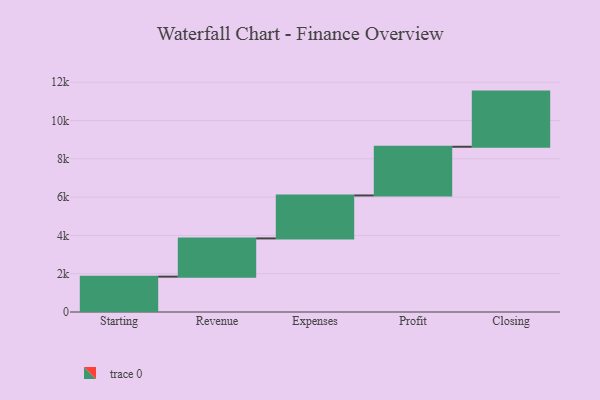
{"axis": {"x": "Step", "y": "Value"}, "legend": [""], "data": [{"x": "Starting", "y": 1846.0, "type": ""}, {"x": "Revenue", "y": 1997.0, "type": ""}, {"x": "Expenses", "y": 2243.0, "type": ""}, {"x": "Profit", "y": 2544.0, "type": ""}, {"x": "Closing", "y": 2880.0, "type": ""}]}